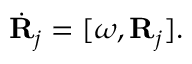
\begin{array} { r } { \dot { \bf R } _ { j } = [ \boldsymbol { \omega } , { \bf R } _ { j } ] . } \end{array}